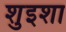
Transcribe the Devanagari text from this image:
शुइशा